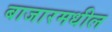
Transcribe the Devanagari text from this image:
बाजारमधील